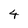
Character: 4